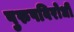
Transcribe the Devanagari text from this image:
पुरुषविरोधी